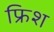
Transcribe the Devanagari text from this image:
फ्रिश